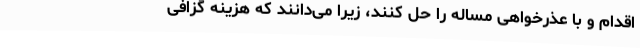
اقدام و با عذرخواهی مساله را حل کنند، زیرا می‌دانند که هزینه گزافی